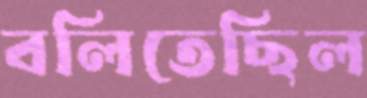
বলিতেছিল